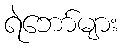
ရဲဘော်များ